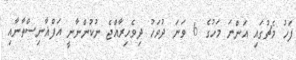
ފަހު މެޗުގައި އަންނަ މަހުގެ 6 ވަނަ ދުވަހު ދިވެހިރާއްޖެ ނުކުންނާނީ އަފްޣާނިސްތާނާއި